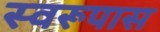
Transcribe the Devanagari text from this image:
स्वरूपास